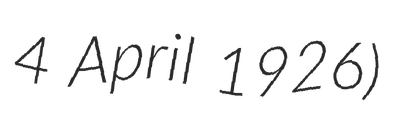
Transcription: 4 April 1926)